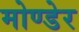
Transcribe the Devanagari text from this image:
मोण्डेर